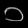
Digit: ၁